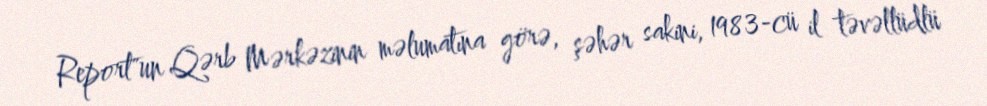
Report"un Qərb Mərkəzinin məlumatına görə, şəhər sakini, 1983-cü il təvəllüdlü